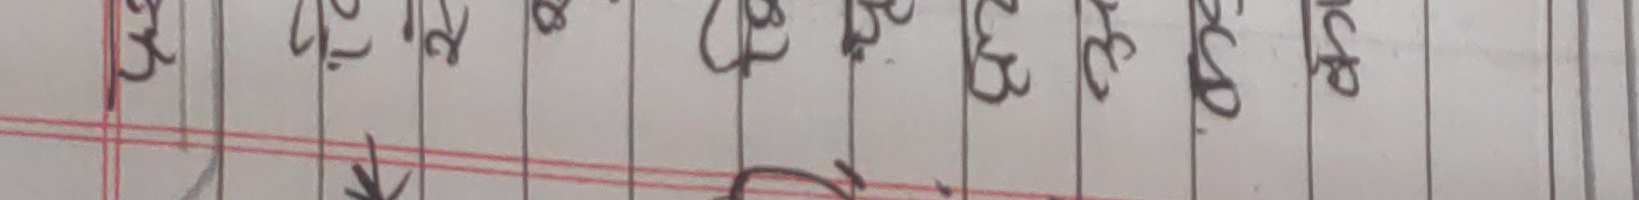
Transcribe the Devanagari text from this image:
२२ १२ २२ ४५ २८ ८५ २३ ३० १८ १२